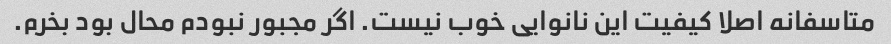
متاسفانه اصلا کیفیت این نانوایی خوب نیست. اگر مجبور نبودم محال بود بخرم.